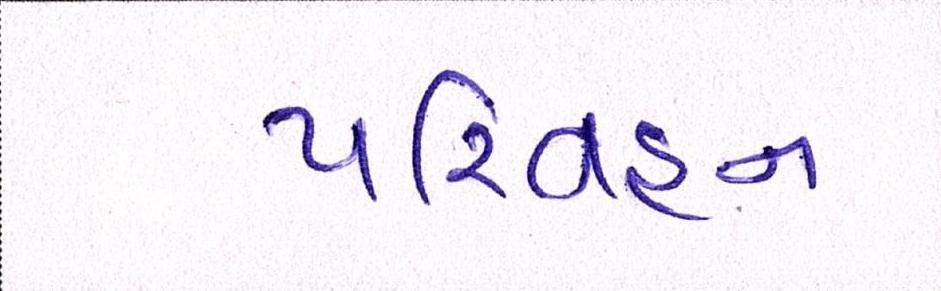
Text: પરિવહન